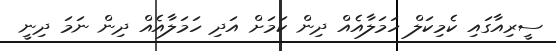
ސީރިއާގައި ކެމިކަލް ހަމަލާއެއް ދިން ކަމަށް އަދި ހަމަލާއެއް ދިން ނަމަ ދިނީ